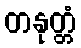
တနုတ္တံ